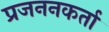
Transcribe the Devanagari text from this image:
प्रजननकर्ता